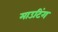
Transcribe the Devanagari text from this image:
माउटिंग